Insane asylums in Bengal annual reports 1867-1875 - 1867-1875
Year: 1867
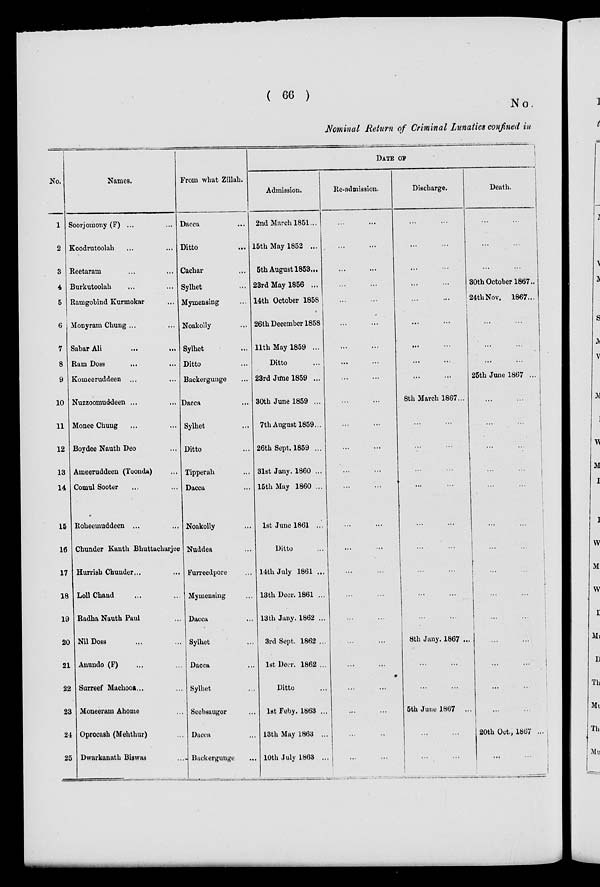
( 66 )
No.
Nominal Return of Criminal Lunatics confined in
No.
1
2
3
4
5
6
7
8
9
10
11
12
13
14
15
16
17
18
19
20
21
22
23
24
25
Names.
Soorjomony (F) ...
Koodrutoolah ... ...
Reetaram ... ...
Burkutoolah ... ...
Ramgobind Kurmokar ...
Monyram Chung ... ...
Sabar
Ali
...
...
Ram Doss ... ...
Komeeruddeen ... ...
Nuzzoomuddeen ... ...
Monee Chung ... ...
Boydee Nauth Deo ...
Ameeruddeen (Toonda) ...
Comul Sooter ... ...
Roheemuddeen ... ...
Chunder Kanth Bhuttacharjee
Hurrish Chunder... ...
LollChand ... ...
Radha Nauth Paul ...
Nil Doss ... ...
Anundo (F) ... ...
Surreef Machooa ... ...
Moneeram Ahome ...
Oprocash (Mehthur) ...
Dwarkanath Biswas ...
From what Zillah.
Dacca ...
Ditto ...
Cachar ...
Sylhet ...
Mymensing ...
Noakolly ...
Sylhet ...
Ditto ...
Backergunge ...
Dacca ...
Sylhet ...
Ditto ...
Tipperah ...
Dacca ...
Noakolly ...
Nuddea ...
Furreedpore ...
Mymensing ...
Dacca ...
Sylhet ...
Dacca ...
Sylhet ...
Seebsaugor ...
Dacca ...
Backergunge ...
DATE OF
Admission.
2nd March 1851...
15th May 1852 ...
5th August 1853...
23rd May 1856 ...
14th October 1858
26th December 1858
11th May 1859 ...
Ditto ...
23rd June 1859 ...
30th June 1859 ...
7th August 1859...
26th Sept. 1859 ...
31st Jany. 1860 ...
15th May 1860 ...
1st June 1861 ...
Ditto ...
14th July 1861 ...
13th Decr. 1861 ...
13th Jany. 1862 ...
3rd Sept. 1862 ...
1st Decr. 1862 ...
Ditto ...
1st Feby. 1863 ...
13th May 1863 ...
10th July 1863 ...
Re-admission.
... ...
... ...
... ...
... ...
... ...
... ...
... ...
...
...
... ...
... ...
... ...
... ...
... ...
... ...
... ...
... ...
... ...
... ...
... ...
... ...
... ...
... ...
... ...
... ...
... ...
Discharge.
... ...
... ...
... ...
... ...
...
...
... ...
... ...
... ...
...
...
8th March 1867...
... ...
... ...
... ...
... ...
... ...
... ...
... ...
... ...
... ...
8th Jany. 1867 ...
... ...
... ...
5th June 1867 ...
... ...
... ...
Death.
... ...
... ...
... ...
30th October 1867..
24th Nov. 1867...
... ...
... ...
... ...
25th June 1867 ...
... ...
... ...
... ...
... ...
... ...
... ...
... ...
... ...
... ...
... ...
... ...
... ...
... ...
... ...
20th Oct., 1867 ...
... ...